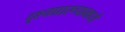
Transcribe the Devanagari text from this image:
दृश्यप्रारूपामध्ये